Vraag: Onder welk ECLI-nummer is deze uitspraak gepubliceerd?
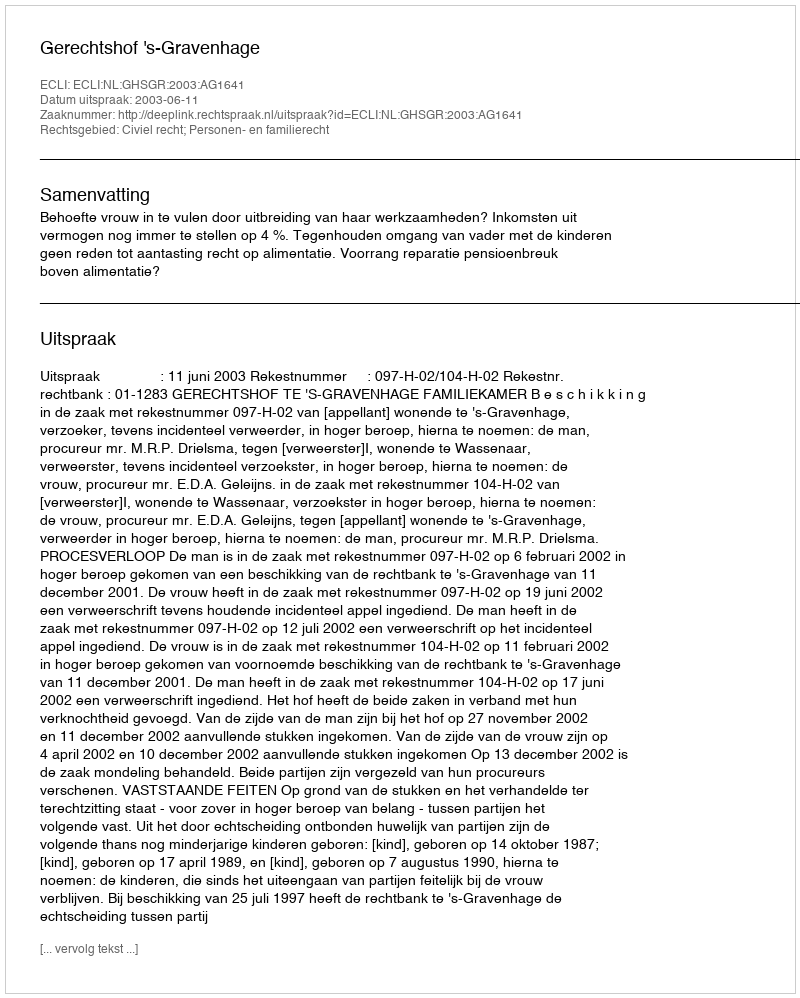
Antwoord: ECLI:NL:GHSGR:2003:AG1641